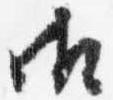
御